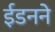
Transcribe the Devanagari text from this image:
ईडनने